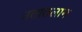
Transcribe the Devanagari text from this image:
उतातलान